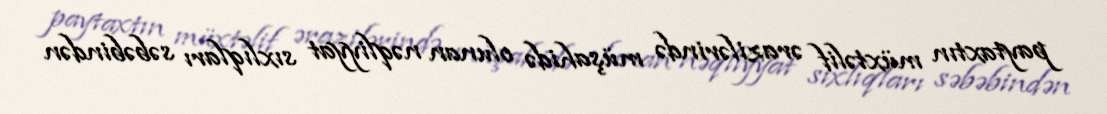
paytaxtın müxtəlif ərazilərində müşahidə olunan nəqliyyat sıxlıqları səbəbindən